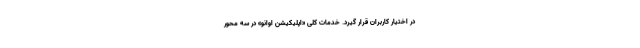
در اختیار کاربران قرار گیرد. خدمات کلی «اپلیکیشن اوانو» در سه محور